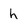
Character: h